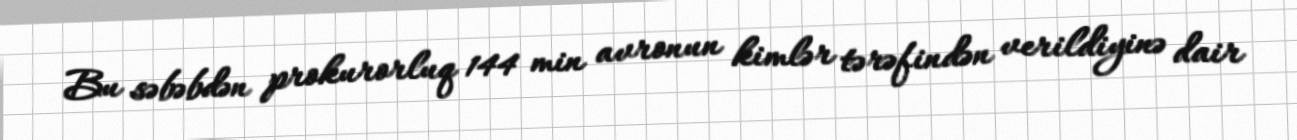
Bu səbəbdən prokurorluq 144 min avronun kimlər tərəfindən verildiyinə dair